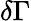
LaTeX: \delta\Gamma